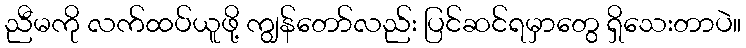
ညီမကို လက်ထပ်ယူဖို့ ကျွန်တော်လည်း ပြင်ဆင်ရမှာတွေ ရှိသေးတာပဲ။